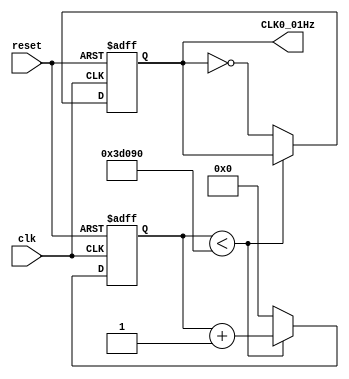
module clock_divider (clk, reset, CLK0_01Hz);
  input clk, reset;
  output CLK0_01Hz;
  // ---------------------------------------------- //
  reg CLK0_01Hz;
  reg [17:0] count; // log2(25e4)
  // ---------------------------------------------- // 
  always @(posedge clk or posedge reset)
     begin
      if(reset) // intial (zero)
          begin
              count <= 0;
              CLK0_01Hz <= 0;
           end
       else
          begin
              if(count < 250_000)
                      count <= count + 1;    // count 25e4
              else
                 begin
                    CLK0_01Hz <= ~CLK0_01Hz;   // toggle the clk high\low
                     count <=0;
                end   
           end
     end
  endmodule